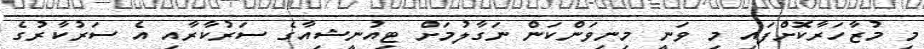
މި މުޒާހަރާކޮށްފައި މި ވަނީ މިނިވަންކަން ނަގާލުމަށް ޓިއުނީޝިއާގެ ސަރުކާރާއި އެ ސަރުކާރުގެ